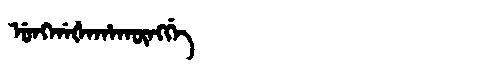
Manchu: ᡠᠩᡤᠠᡧᠠᡥᠠᡴᡡᠩᡤᡝ
Romanization: UNGGAŠAHAKŪNGGE